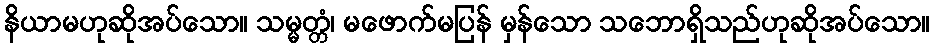
နိယာမဟုဆိုအပ်သော။ သမ္မတ္တံ၊ မဖောက်မပြန် မှန်သော သဘောရှိသည်ဟုဆိုအပ်သော။